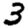
Digit: 3